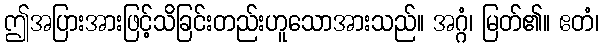
ဤအပြားအားဖြင့်သိခြင်းတည်းဟူသောအားသည်။ အဂ္ဂံ၊ မြတ်၏။ ဧတံ၊